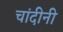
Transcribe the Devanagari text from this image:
चांदीनी